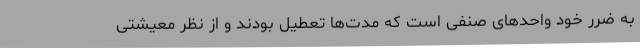
به ضرر خود واحدهای صنفی است که مدت‌ها تعطیل بودند و از نظر معیشتی